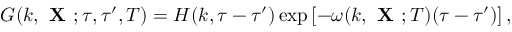
G ( k , { \textbf { X } } ; \tau , \tau ^ { \prime } , T ) = H ( k , \tau - \tau ^ { \prime } ) \exp \left[ { - \omega ( k , { \textbf { X } } ; T ) ( \tau - \tau ^ { \prime } ) } \right] ,